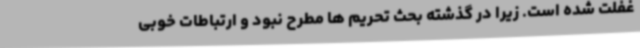
غفلت شده است. زیرا در گذشته بحث تحریم ها مطرح نبود و ارتباطات خوبی